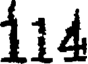
114